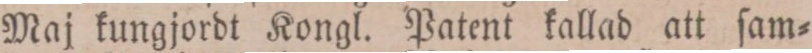
Maj kungjordt Kongl. Patent kallad att ſam=